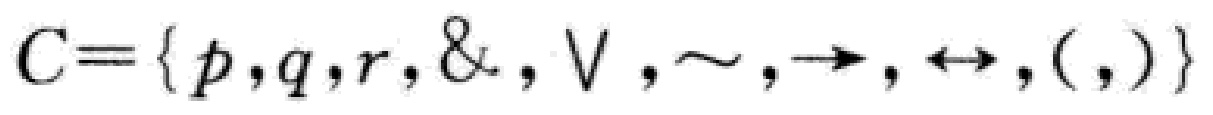
$C=\{p,q,r,\&,\vee,\sim,\to,\leftrightarrow,(,)\}$